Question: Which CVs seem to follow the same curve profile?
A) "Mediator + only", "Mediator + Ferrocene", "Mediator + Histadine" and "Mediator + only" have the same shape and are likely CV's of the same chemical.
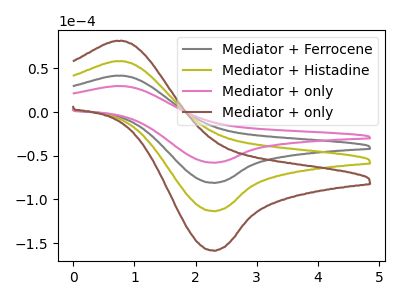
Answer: <think>The gray curve "Mediator + Ferrocene" has an anodic peak at (0.85V, 41.55uA) and a cathodic peak at (2.30V, -81.15uA). The olive curve "Mediator + Histadine" has an anodic peak at (0.85V, 83.10uA) and a cathodic peak at (2.30V, -162.30uA). The pink curve "Mediator + only" has an anodic peak at (0.85V, 29.70uA) and a cathodic peak at (2.30V, -58.00uA). The brown curve "Mediator + only" has an anodic peak at (0.85V, 124.65uA) and a cathodic peak at (2.30V, -243.40uA).
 All the peaks in "Mediator + Ferrocene" have a peak in "Mediator + Histadine" at the same potential. Every peak in "Mediator + Ferrocene" is lower than every peak in "Mediator + Histadine". All the peaks in "Mediator + Ferrocene" have a peak in "Mediator + only" at the same potential. Every peak in "Mediator + Ferrocene" is higher than every peak in "Mediator + only". All the peaks in "Mediator + Ferrocene" have a peak in "Mediator + only" at the same potential. Every peak in "Mediator + Ferrocene" is lower than every peak in "Mediator + only". All the peaks in "Mediator + Histadine" have a peak in "Mediator + only" at the same potential. Every peak in "Mediator + Histadine" is higher than every peak in "Mediator + only". All the peaks in "Mediator + Histadine" have a peak in "Mediator + only" at the same potential. Every peak in "Mediator + Histadine" is lower than every peak in "Mediator + only". All the peaks in "Mediator + only" have a peak in "Mediator + only" at the same potential. Every peak in "Mediator + only" is lower than every peak in "Mediator + only".</think>
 <answer>A) "Mediator + only", "Mediator + Ferrocene", "Mediator + Histadine" and "Mediator + only" have the same shape and are likely CV's of the same chemical.</answer>
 <eval>A</eval>